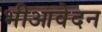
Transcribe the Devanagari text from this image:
भीआवेदन